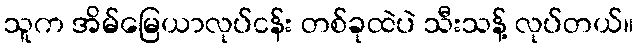
သူက အိမ်မြေယာလုပ်ငန်း တစ်ခုထဲပဲ သီးသန့် လုပ်တယ်။